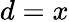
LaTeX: d=x